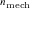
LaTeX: \scriptstyle n _ { \mathrm { m e c h } }